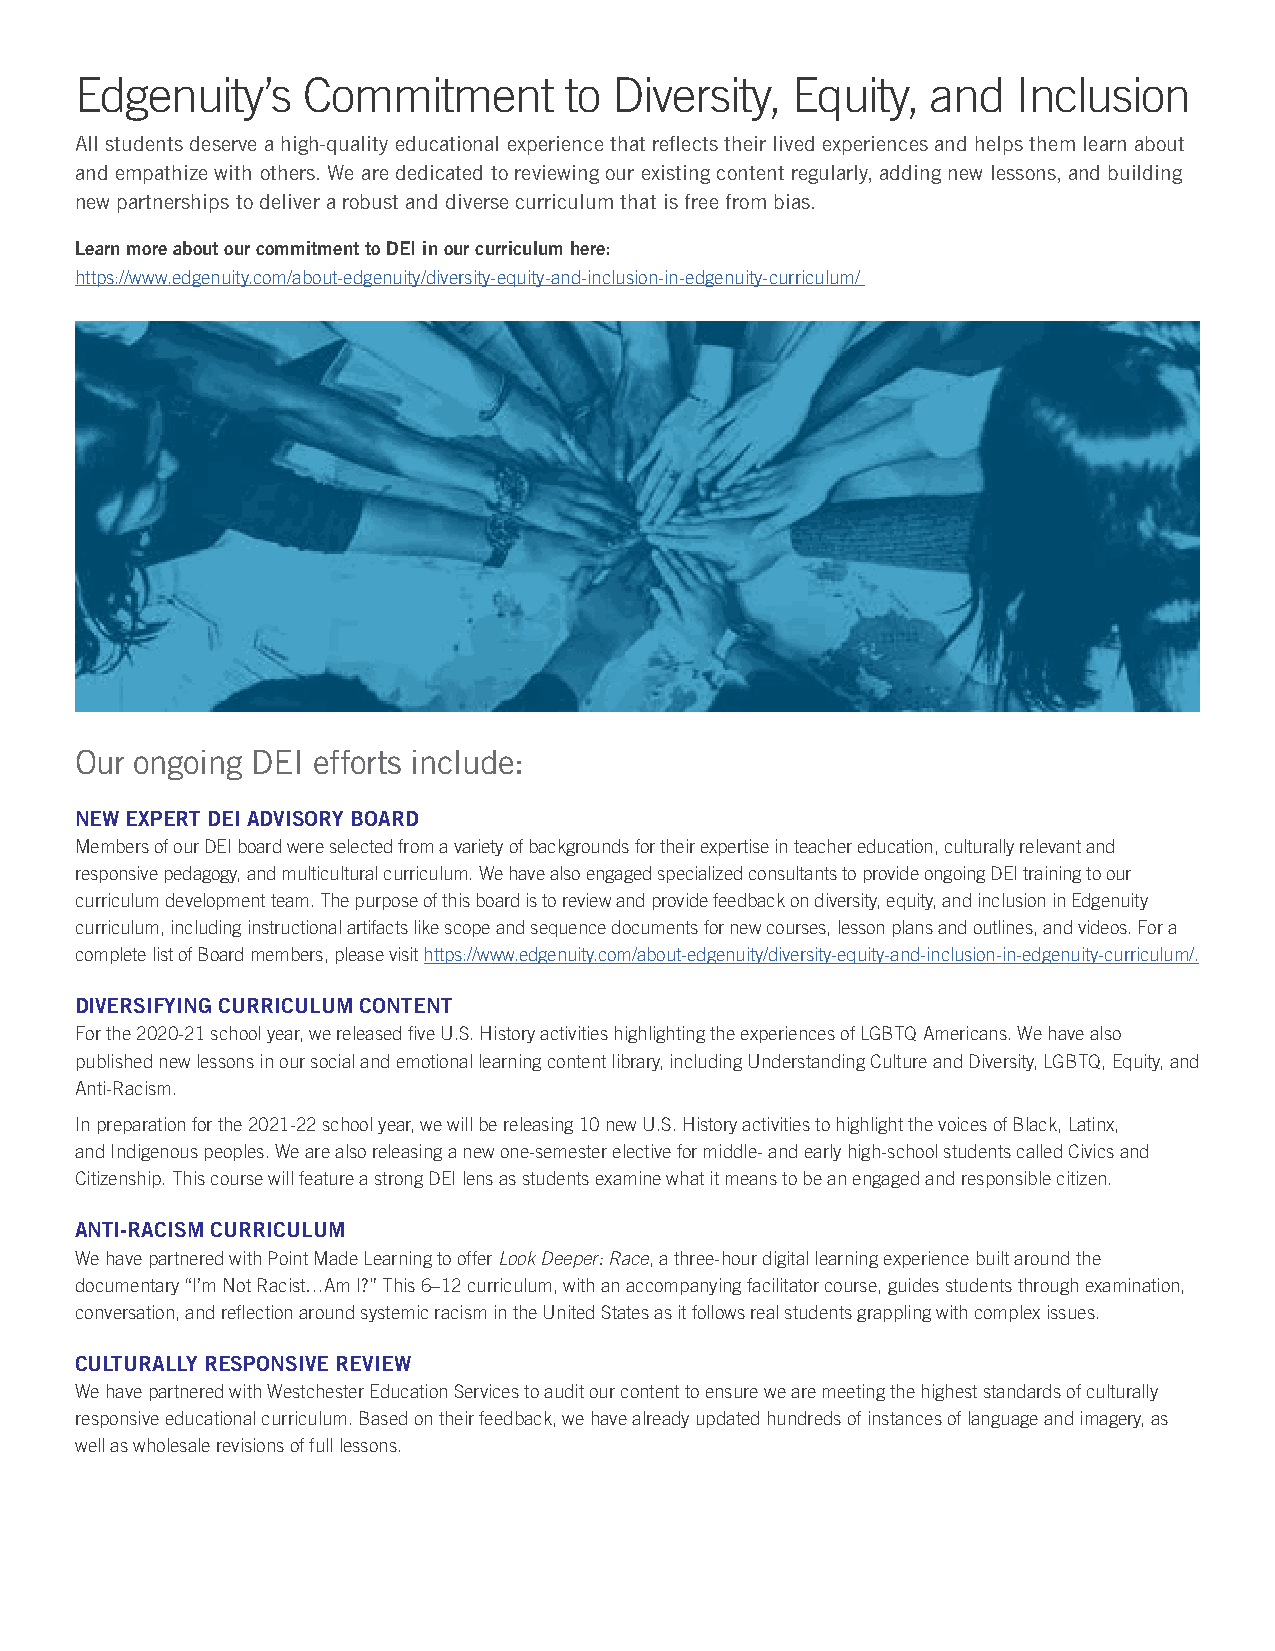
Edgenuity’s    Commitment       to  Diversity, Equity,   and  Inclusion
 All students deserve a high-quality educational experience that reflects their lived experiences and helps them learn about
 and empathize with others. We are dedicated to reviewing our existing content regularly, adding new lessons, and building
 new partnerships to deliver a robust and diverse curriculum that is free from bias.
 Learn more about our commitment to DEI in our curriculum here:
 https://www.edgenuity.com/about-edgenuity/diversity-equity-and-inclusion-in-edgenuity-curriculum/
 Our ongoing DEI efforts include:
 NEW EXPERT DEI ADVISORY BOARD
 Members of our DEI board were selected from a variety of backgrounds for their expertise in teacher education, culturally relevant and
 responsive pedagogy, and multicultural curriculum. We have also engaged specialized consultants to provide ongoing DEI training to our
 curriculum development team. The purpose of this board is to review and provide feedback on diversity, equity, and inclusion in Edgenuity
 curriculum, including instructional artifacts like scope and sequence documents for new courses, lesson plans and outlines, and videos. For a
 complete list of Board members, please visit https://www.edgenuity.com/about-edgenuity/diversity-equity-and-inclusion-in-edgenuity-curriculum/.
 DIVERSIFYING CURRICULUM CONTENT
 For the 2020-21 school year, we released five U.S. History activities highlighting the experiences of LGBTQ Americans. We have also
 published new lessons in our social and emotional learning content library, including Understanding Culture and Diversity, LGBTQ, Equity, and
 Anti-Racism.
 In preparation for the 2021-22 school year, we will be releasing 10 new U.S. History activities to highlight the voices of Black, Latinx,
 and Indigenous peoples. We are also releasing a new one-semester elective for middle- and early high-school students called Civics and
 Citizenship. This course will feature a strong DEI lens as students examine what it means to be an engaged and responsible citizen.
 ANTI-RACISM CURRICULUM
 We have partnered with Point Made Learning to offer Look Deeper: Race, a three-hour digital learning experience built around the
 documentary “I’m Not Racist…Am I?” This 6–12 curriculum, with an accompanying facilitator course, guides students through examination,
 conversation, and reflection around systemic racism in the United States as it follows real students grappling with complex issues.
 CULTURALLY RESPONSIVE REVIEW
 We have partnered with Westchester Education Services to audit our content to ensure we are meeting the highest standards of culturally
 responsive educational curriculum. Based on their feedback, we have already updated hundreds of instances of language and imagery, as
 well as wholesale revisions of full lessons.